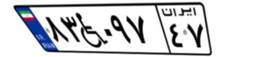
۵۲W۴۹۴۷۱